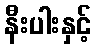
နီးပါးနှင့်